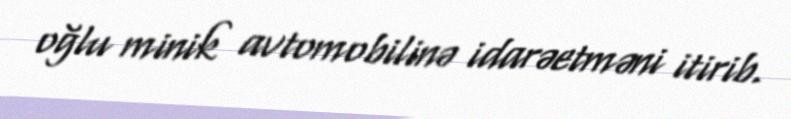
oğlu minik avtomobilinə idarəetməni itirib.